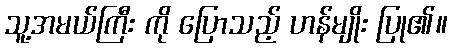
သူ့အမယ်ကြီး ကို ပြောသည့် ဟန်မျိုး ပြု၏။